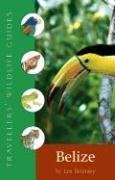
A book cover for Belize & Northern Guatemala (Travellers' Wildlife Guides); Les D. Beletsky; Sports & Outdoors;